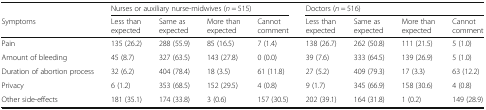
<table><thead><tr><td></td><td colspan="4"><b>Nurses or auxiliary nurse-midwives (<i>n</i> = 515)</b></td><td colspan="4"><b>Doctors (<i>n</i> = 516)</b></td></tr><tr><td><b>Symptoms</b></td><td><b>Less than expected</b></td><td><b>Same as expected</b></td><td><b>More than expected</b></td><td><b>Cannot comment</b></td><td><b>Less than expected</b></td><td><b>Same as expected</b></td><td><b>More than expected</b></td><td><b>Cannot comment</b></td></tr></thead><tbody><tr><td>Pain</td><td>135 (26.2)</td><td>288 (55.9)</td><td>85 (16.5)</td><td>7 (1.4)</td><td>138 (26.7)</td><td>262 (50.8)</td><td>111 (21.5)</td><td>5 (1.0)</td></tr><tr><td>Amount of bleeding</td><td>45 (8.7)</td><td>327 (63.5)</td><td>143 (27.8)</td><td>0 (0.0)</td><td>39 (7.6)</td><td>333 (64.5)</td><td>139 (26.9)</td><td>5 (1.0)</td></tr><tr><td>Duration of abortion process</td><td>32 (6.2)</td><td>404 (78.4)</td><td>18 (3.5)</td><td>61 (11.8)</td><td>27 (5.2)</td><td>409 (79.3)</td><td>17 (3.3)</td><td>63 (12.2)</td></tr><tr><td>Privacy</td><td>6 (1.2)</td><td>353 (68.5)</td><td>152 (29.5)</td><td>4 (0.8)</td><td>9 (1.7)</td><td>345 (66.9)</td><td>158 (30.6)</td><td>4 (0.8)</td></tr><tr><td>Other side-effects</td><td>181 (35.1)</td><td>174 (33.8)</td><td>3 (0.6)</td><td>157 (30.5)</td><td>202 (39.1)</td><td>164 (31.8)</td><td>1 (0.2)</td><td>149 (28.9)</td></tr></tbody></table>